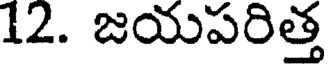
12. జయపరిత్త